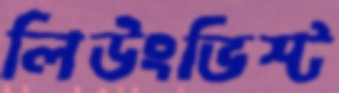
লিউংভিস্ট